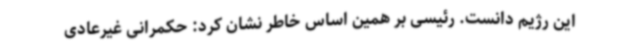
این رژیم دانست. رئیسی بر همین اساس خاطر نشان کرد: حکمرانی غیرعادی